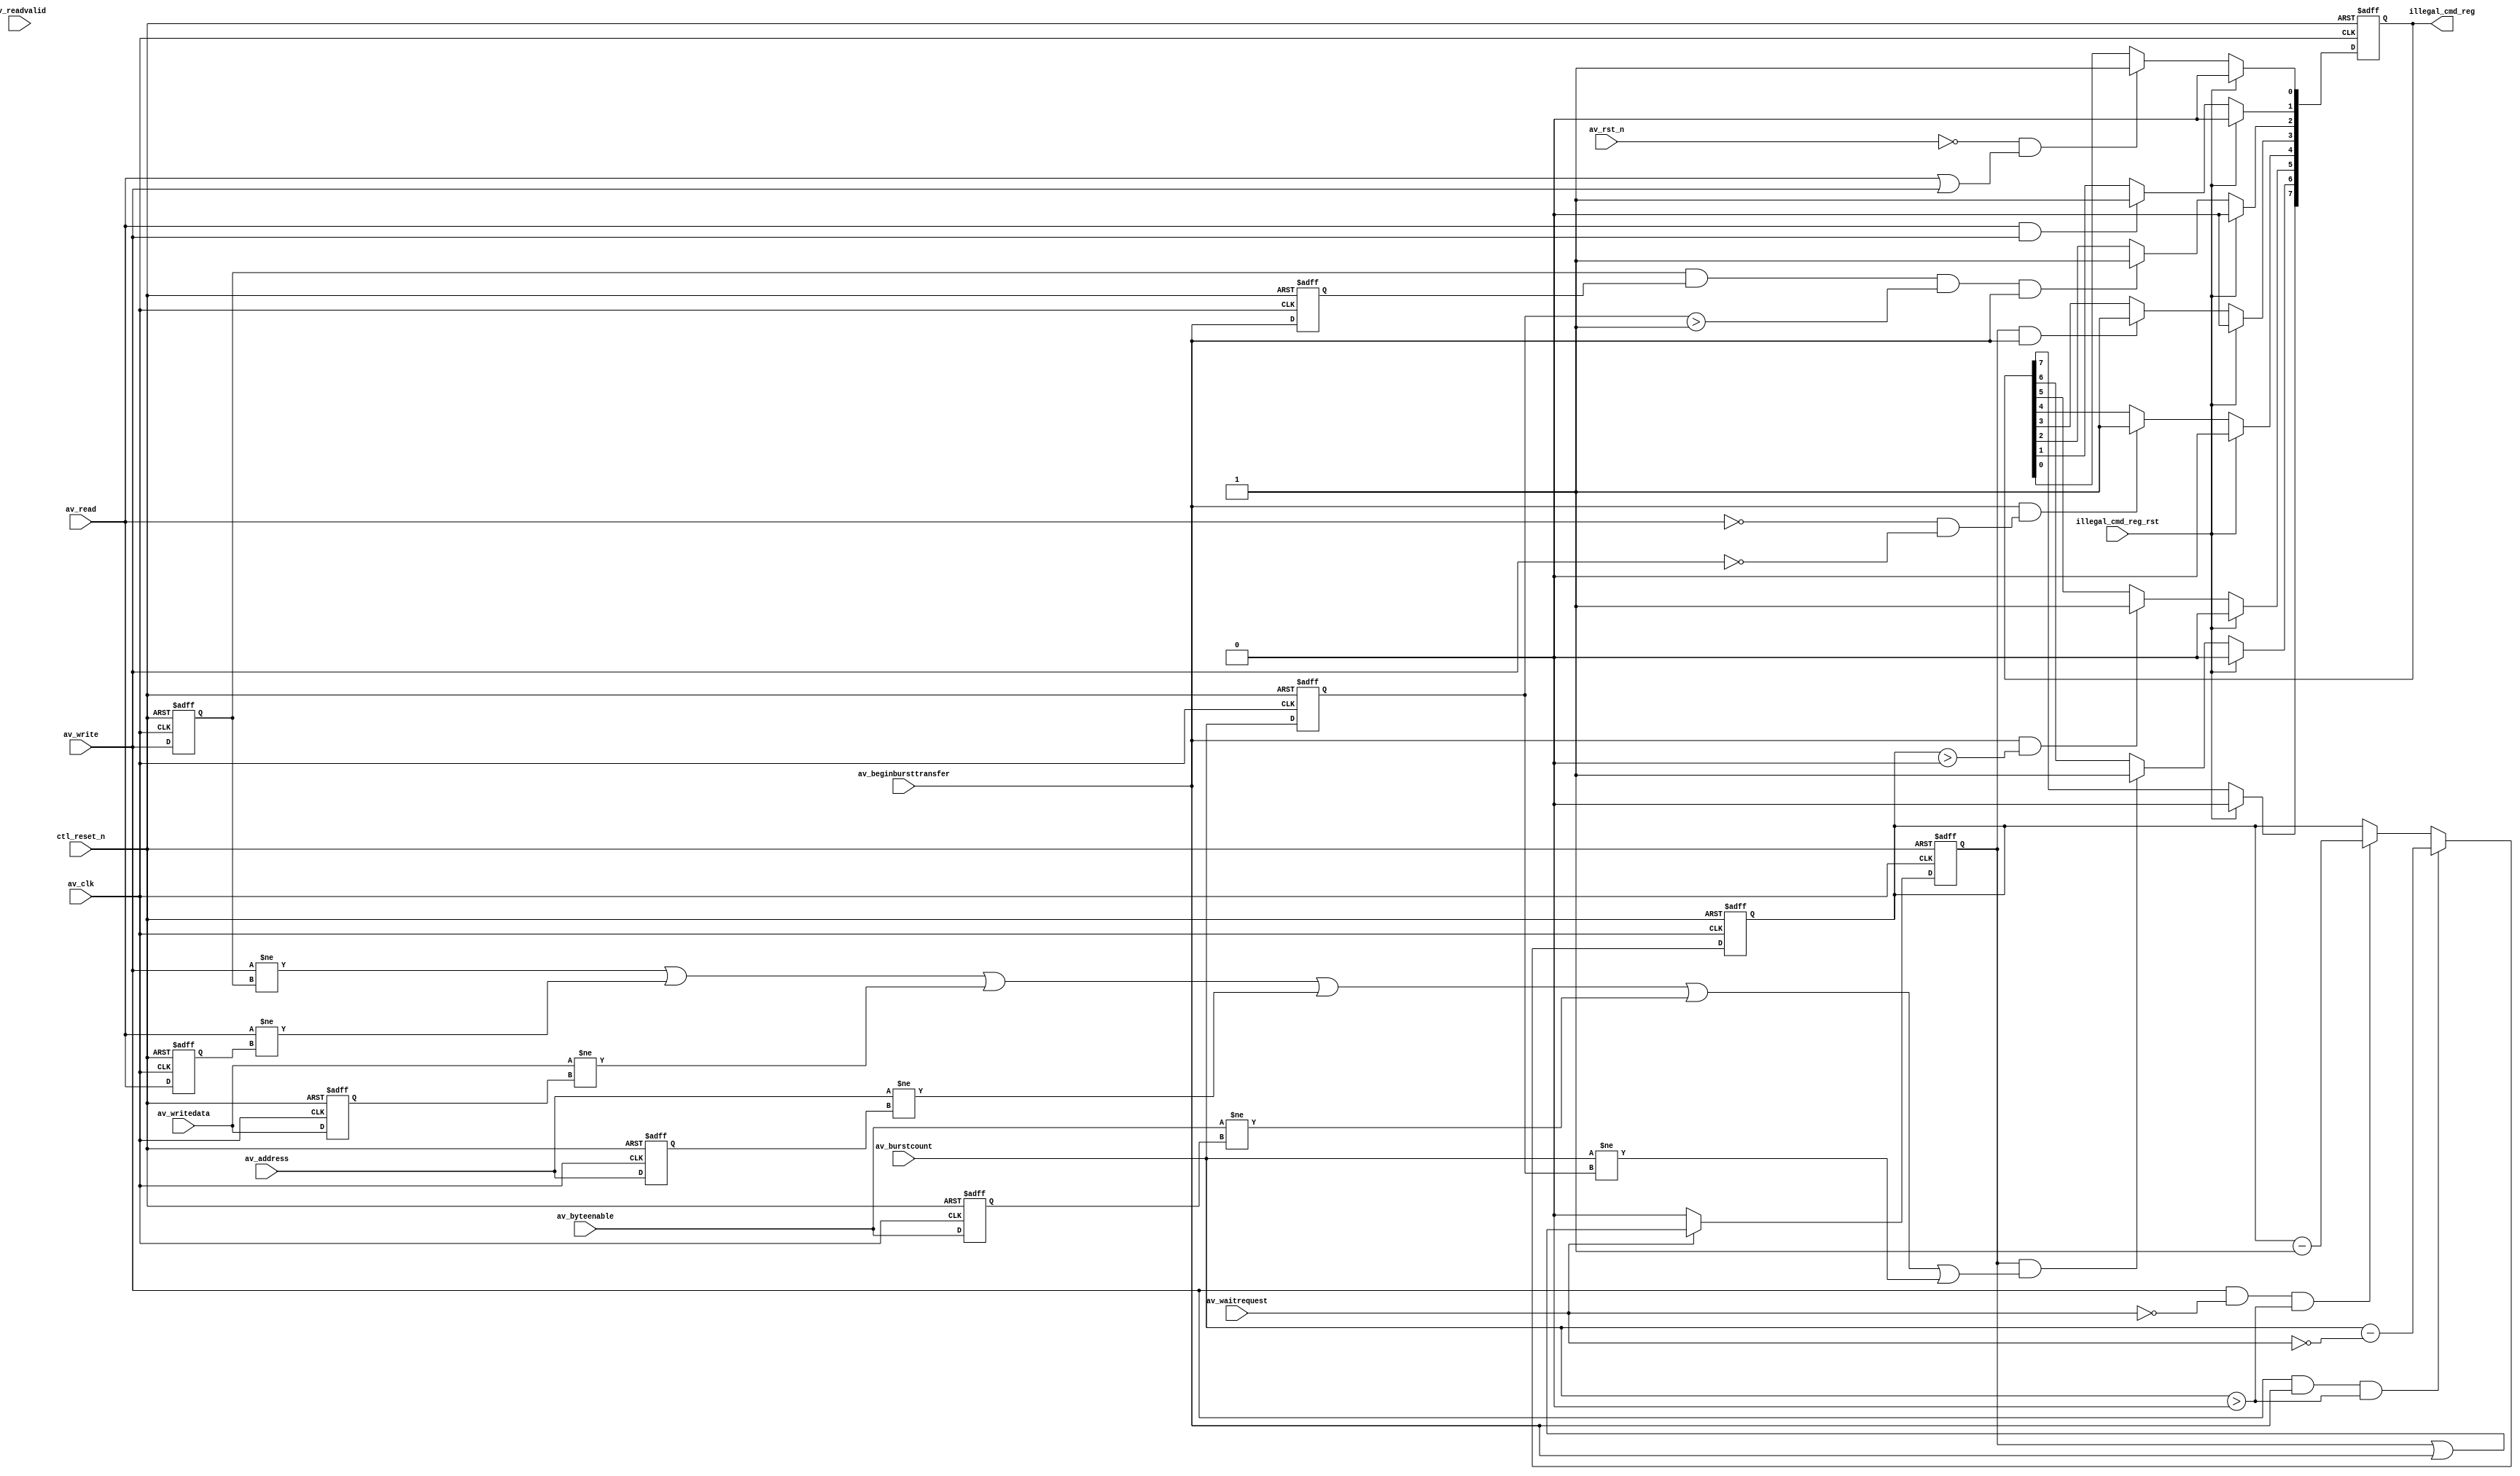
// (C) 2001-2016 Intel Corporation. All rights reserved.
// Your use of Intel Corporation's design tools, logic functions and other 
// software and tools, and its AMPP partner logic functions, and any output 
// files any of the foregoing (including device programming or simulation 
// files), and any associated documentation or information are expressly subject 
// to the terms and conditions of the Intel Program License Subscription 
// Agreement, Intel MegaCore Function License Agreement, or other applicable 
// license agreement, including, without limitation, that your use is for the 
// sole purpose of programming logic devices manufactured by Intel and sold by 
// Intel or its authorized distributors.  Please refer to the applicable 
// agreement for further details.


`timescale 1ps/1ps


module em_protocol_fsm (
  ctl_reset_n,  
  av_clk,       
  av_rst_n,     

  av_burstcount,
  av_beginbursttransfer,
  av_write,
  av_read,
  av_readvalid,
  av_waitrequest,

  av_address,
  av_byteenable,
  av_writedata,

  illegal_cmd_reg_rst,  

  illegal_cmd_reg
);

parameter EMPC_AV_BURSTCOUNT_WIDTH = 4;
parameter EMPC_AV_DATA_WIDTH = 64;
parameter EMPC_AV_ADDRESS_WIDTH = 10;
parameter EMPC_AV_BE_WIDTH = 8;

input                                   ctl_reset_n;
input                                   av_clk;
input                                   av_rst_n;
input   [EMPC_AV_BURSTCOUNT_WIDTH-1:0]  av_burstcount;
input                                   av_beginbursttransfer;
input                                   av_write;
input                                   av_read;
input                                   av_readvalid;
input                                   av_waitrequest;
input      [EMPC_AV_ADDRESS_WIDTH-1:0]  av_address;
input           [EMPC_AV_BE_WIDTH-1:0]  av_byteenable;
input         [EMPC_AV_DATA_WIDTH-1:0]  av_writedata;
input                                   illegal_cmd_reg_rst;
output                           [7:0]  illegal_cmd_reg; 

wire                                  av_clk;
wire                                  av_rst_n;
wire  [EMPC_AV_BURSTCOUNT_WIDTH-1:0]  av_burstcount;
wire                                  av_beginbursttransfer;
wire                                  av_write;
wire                                  av_read;
wire                                  av_readvalid;
wire                                  av_waitrequest;

reg                            [7:0]  illegal_cmd_reg;
reg                                   cmd_wait_reg;
reg   [EMPC_AV_BURSTCOUNT_WIDTH-1:0]  av_burstcount_r;
reg      [EMPC_AV_ADDRESS_WIDTH-1:0]  av_address_r;
reg           [EMPC_AV_BE_WIDTH-1:0]  av_byteenable_r;
reg         [EMPC_AV_DATA_WIDTH-1:0]  av_writedata_r;
reg                                   av_beginbursttransfer_r;
reg                                   av_write_r;
reg                                   av_read_r;

reg   [EMPC_AV_BURSTCOUNT_WIDTH-1:0]  wrburst_counter;

localparam PERR_CMD_DURING_RST = 0;
localparam PERR_SIMULT_RD_WR = 1;
localparam PERR_BEGINBURSTTRANSFER_TOO_LONG = 2;
localparam PERR_MULT_BEGINBURSTTRANSFER_WAITRQ = 3;
localparam PERR_BEGINBURSTTRANSFER_NO_CMD = 4;
localparam PERR_INCORRECT_NUM_WRBURST_DATA = 5;
localparam PERR_CMD_CHANGE_WAITRQ = 6;
localparam PERR_BURSTCNT_CHANGE_WRBURST = 7;


always @(posedge av_clk or negedge ctl_reset_n) begin
  if (~ctl_reset_n) begin
    av_burstcount_r <= 0;
    av_beginbursttransfer_r <= 0;
    av_write_r <= 0;
    av_read_r <= 0;
    av_address_r <= 0;
    av_byteenable_r <= 0;
    av_writedata_r <= 0;
  end else begin
    av_burstcount_r <= av_burstcount;
    av_beginbursttransfer_r <= av_beginbursttransfer;
    av_write_r <= av_write;
    av_read_r <= av_read;
    av_address_r <= av_address;
    av_byteenable_r <= av_byteenable;
    av_writedata_r <= av_writedata;
  end
end


always @(posedge av_clk or negedge ctl_reset_n) begin
  if (~ctl_reset_n) begin
    wrburst_counter <= 0;
    cmd_wait_reg <= 1'b0;
  end else begin
    if (av_write == 1'b1 & av_beginbursttransfer == 1'b1 & av_burstcount > 0) begin  
      wrburst_counter <= av_burstcount - (!av_waitrequest);
    end else if (av_write == 1'b1 & av_waitrequest == 1'b0 & av_burstcount > 0) begin  
      wrburst_counter <= wrburst_counter - 1'b1;
    end else begin
      wrburst_counter <= wrburst_counter;
    end

    cmd_wait_reg <= (av_waitrequest & av_beginbursttransfer) ? 1'b1 : 1'b0; 

    if (av_waitrequest) begin
      cmd_wait_reg <= (cmd_wait_reg | av_beginbursttransfer);
    end else begin
      cmd_wait_reg <= 1'b0;
    end
  end
end


always @(posedge av_clk or negedge ctl_reset_n) begin
  if (~ctl_reset_n) begin
    illegal_cmd_reg <= 8'b0;
  end else begin
    if (illegal_cmd_reg_rst) begin
      illegal_cmd_reg <= 8'b0;
    end else begin
      if ( (~av_rst_n & (av_read | av_write)) ) begin
        illegal_cmd_reg[PERR_CMD_DURING_RST] <= 1'b1;
      end

      if ( (av_read & av_write) ) begin
        illegal_cmd_reg[PERR_SIMULT_RD_WR] <= 1'b1;
      end

      if ( (av_write_r & av_beginbursttransfer_r & (av_burstcount_r > 1) & av_beginbursttransfer) ) begin
        illegal_cmd_reg[PERR_BEGINBURSTTRANSFER_TOO_LONG] <= 1'b1;
      end

      if ( (cmd_wait_reg & av_beginbursttransfer) ) begin
        illegal_cmd_reg[PERR_MULT_BEGINBURSTTRANSFER_WAITRQ] <= 1'b1;
      end

      if ( (av_beginbursttransfer & (~av_read & ~av_write)) ) begin
        illegal_cmd_reg[PERR_BEGINBURSTTRANSFER_NO_CMD] <= 1'b1;
      end

      if ( (av_beginbursttransfer & (wrburst_counter > 0)) ) begin
        illegal_cmd_reg[PERR_INCORRECT_NUM_WRBURST_DATA] <= 1'b1;
      end

      if ( (cmd_wait_reg & ((av_write != av_write_r) |
                            (av_read != av_read_r) |
                            (av_writedata != av_writedata_r) |
                            (av_address != av_address_r) |
                            (av_byteenable != av_byteenable_r) |
                            (av_burstcount != av_burstcount_r))) ) begin
        illegal_cmd_reg[PERR_CMD_CHANGE_WAITRQ] <= 1'b1;
      end

		/*Case:48052 Ignore this check because it is only valid if constantBurstBehavior is
			set on the interface.  The controller has this parameter set to FALSE.
		if ( ((av_burstcount != av_burstcount_r) & (wrburst_counter > 0)) ) begin
        	illegal_cmd_reg[PERR_BURSTCNT_CHANGE_WRBURST] <= 1'b1;
      	end*/

    end
  end
end

endmodule